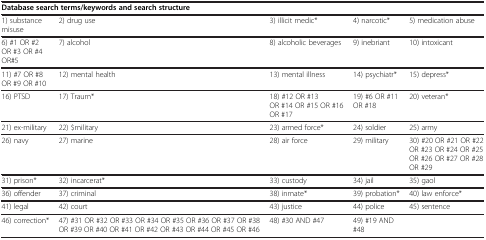
| <COLSPAN=3> Database search terms/keywords and search structure |  |  |
 | --- | --- | --- | --- | --- |
 | 1) substance misuse | 2) drug use | 3) illicit medic* | 4) narcotic* | 5) medication abuse |
 | 6) #1 OR #2 OR #3 OR #4 OR#5 | 7) alcohol | 8) alcoholic beverages | 9) inebriant | 10) intoxicant |
 | 11) #7 OR #8 OR #9 OR #10 | 12) mental health | 13) mental illness | 14) psychiatr* | 15) depress* |
 | 16) PTSD | 17) Traum* | 18) #12 OR #13 OR #14 OR #15 OR #16 OR #17 | 19) #6 OR #11 OR #18 | 20) veteran* |
 | 21) ex-military | 22) $military | 23) armed force* | 24) soldier | 25) army |
 | 26) navy | 27) marine | 28) air force | 29) military | 30) #20 OR #21 OR #22 OR #23 OR #24 OR #25 OR #26 OR #27 OR #28 OR #29 |
 | 31) prison* | 32) incarcerat* | 33) custody | 34) jail | 35) gaol |
 | 36) offender | 37) criminal | 38) inmate* | 39) probation* | 40) law enforce* |
 | 41) legal | 42) court | 43) justice | 44) police | 45) sentence |
 | 46) correction* | 47) #31 OR #32 OR #33 OR #34 OR #35 OR #36 OR #37 OR #38 OR #39 OR #40 OR #41 OR #42 OR #43 OR #44 OR #45 OR #46 | 48) #30 AND #47 | 49) #19 AND #48 |  |